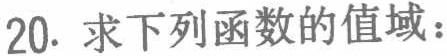
20. 求下列函数的值域：